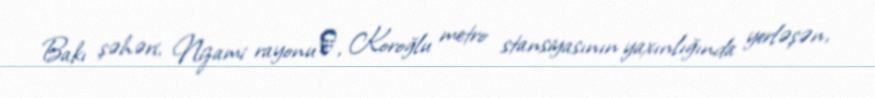
Bakı şəhəri, Nizami rayonu‎, Koroğlu metro stansiyasının yaxınlığında yerləşən,